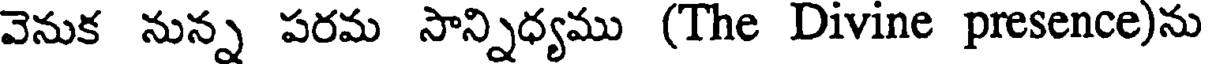
వెనుక నున్న పరమ సాన్నిధ్యము (The Divine presence)ను